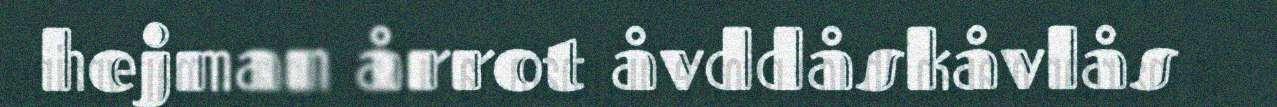
hejman årrot åvddåskåvlås